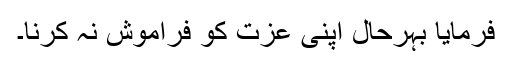
فرمایا بہرحال اپنی عزت کو فراموش نہ کرنا۔